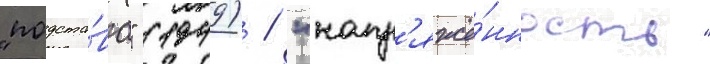
"подста́ва" (1949) / "напр'яжё́нность"